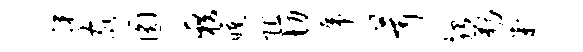
裸家圆籍曛阻切虎茸殆勒判